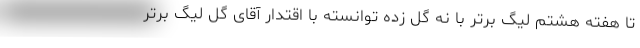
تا هفته هشتم لیگ برتر با نه گل زده توانسته با اقتدار آقای گل لیگ برتر